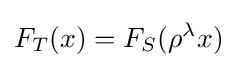
F_{T}(x)=F_{S}(\rho ^{\lambda }x)